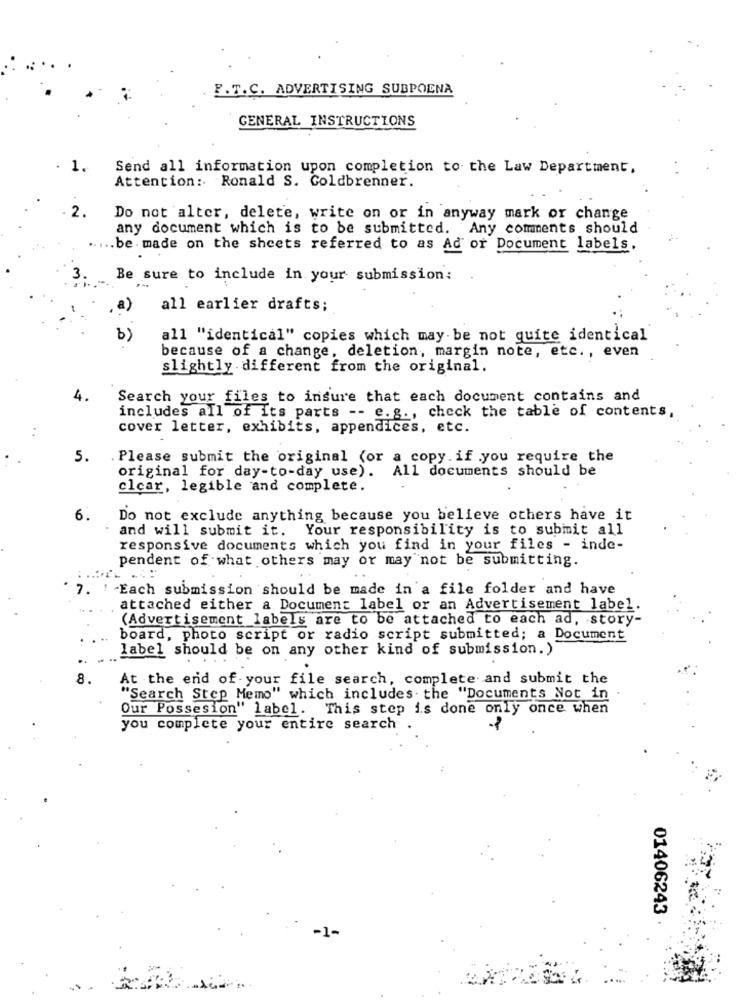
F.T.C. ADVERTISING SUBPOENA
GENERAL INSTRUCTIONS
1.
Send all information upon completion to the Law Department.
Attention: Ronald S. Coldbrenner.
2.
Do not alter, delete, write on or in anyway mark or change
any document which is to be submitted. Any comments should
.. be. made on the sheets referred to as Ad or Document labels.
Be sure to include in your submission:
a)
all earlier drafts;
b)
all "identical" copies which may be not quite identical
because of a change, deletion, margin note, etc. , even
slightly different from the original.
4.
Search your files to insure that each document contains and
includes all of its parts -- e.g ., check the table of contents,
cover letter, exhibits, appendices, etc.
5.
Please submit the original (or a copy.if you require the
original for day-to-day use). All documents should be
clcar, legible and complete.
6.
Do not exclude anything because you believe others have it
and will submit it. Your responsibility is to submit all
responsive documents which you find in your files - inde-
pendent of what others may or may not be submitting.
7. ! - Each submission should be made in a file folder and have
attached either a Document label or an Advertisement label.
(Advertisement labels are to be attached to each ad, story-
board, photo script or radio script submitted; a Document
label should be on any other kind of submission.)
8.
At the end of your file search, complete and submit the
"Search Step Memo" which includes. the "Documents Not in
Our Possesion" label. This step is done only once when
you complete your entire search
01406243
-1-